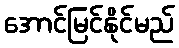
အောင်မြင်နိုင်မည်